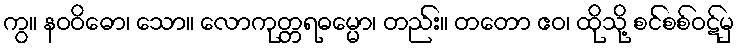
ကွ။ နဝဝိဓော၊ သော။ လောကုတ္တရဓမ္မော၊ တည်း။ တတော ဧဝ၊ ထိုသို့ စင်စစ်ဝဋ်မှ